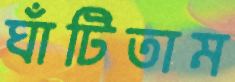
ঘাঁটিতাম